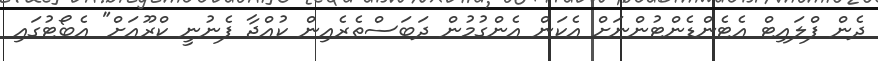
ދެން ފްލައިޓް އެޓެންޑެންޓުންނަށް އެކަން އެންގުމުން ދަބަސްތެރެއިން ކުއްޖާ ފެނުނީ ކްރޫއަށް" އެބޯޓުގައި